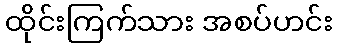
ထိုင်းကြက်သား အစပ်ဟင်း